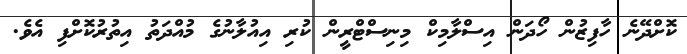
ކޮށްދޭނެ ހާފިޒުން ހޯދަން އިސްލާމިކް މިނިސްޓްރީން ކުރި އިއުލާނުގެ މުއްދަތު އިތުރުކޮށްފި އެވެ.